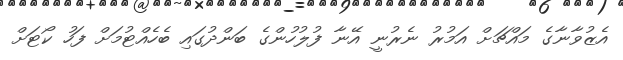
އެޒުވާނާގެ މައްޗަށް އަމުރު ނެރުނީ އޭނާ ފުލުހުންގެ ބަންދުގައި ބެހެއްޓުމަށް ފަހު ކޯޓަށް